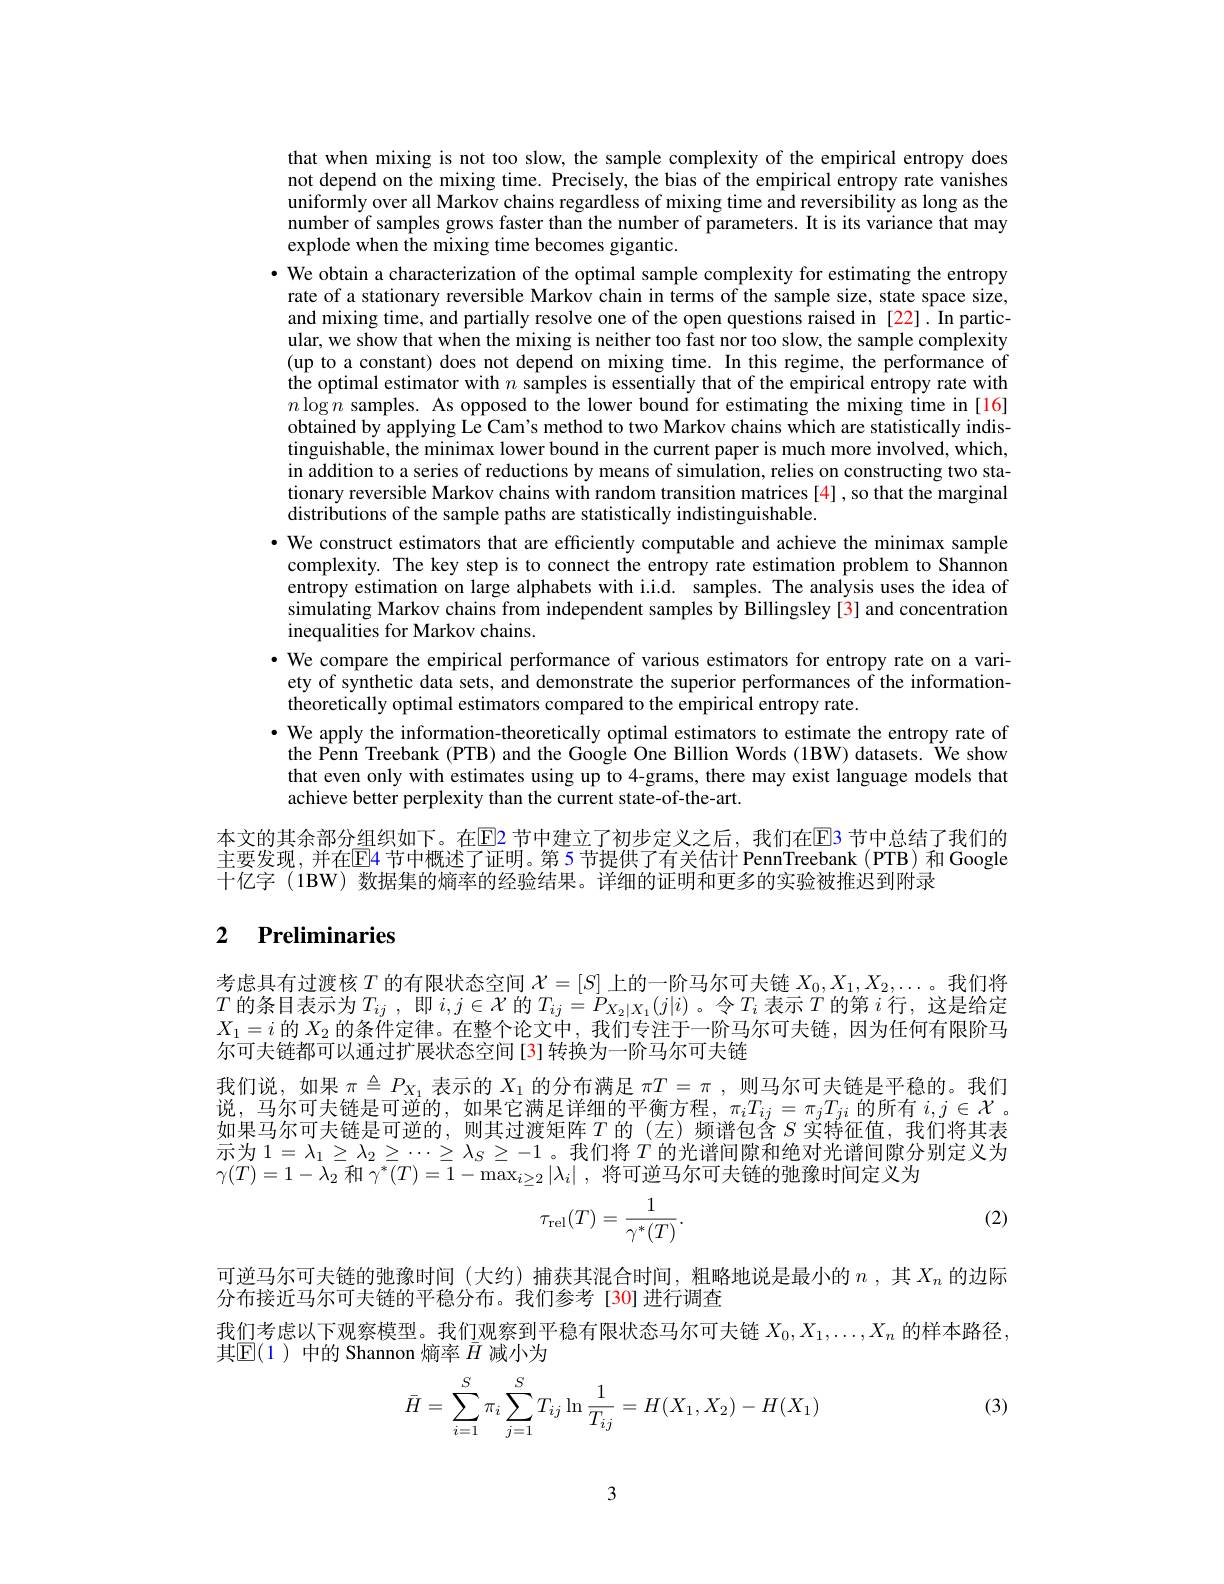
that when mixing is not too slow, the sample complexity of the empirical entropy does not depend on the mixing time. Precisely, the bias of the empirical entropy rate vanishes uniformly over all Markov chains regardless of mixing time and reversibility as long as the number of samples grows faster than the number of parameters. It is its variance that may explode when the mixing time becomes gigantic.
· We obtain a characterization of the optimal sample complexity for estimating the entropy rate of a stationary reversible Markov chain in terms of the sample size, state space size, and mixing time, and partially resolve one of the open questions raised in [22]. In particular, we show that when the mixing is neither too fast nor too slow, the sample complexity (up to a constant) does not depend on mixing time. In this regime, the performance of the optimal estimator with $n$ samples is essentially that of the empirical entropy rate with $n\log n$ samples. As opposed to the lower bound for estimating the mixing time in[16] obtained by applying Le Cam's method to two Markov chains which are statistically indistinguishable, the minimax lower bound in the current paper is much more involved, which, in addition to a series of reductions by means of simulation, relies on constructing two stationary reversible Markov chains with random transition matrices[4], so that the marginal distributions of the sample paths are statistically indistinguishable.
· We construct estimators that are efficiently computable and achieve the minimax sample complexity. The key step is to connect the entropy rate estimation problem to Shannon entropy estimation on large alphabets with i.i.d. samples. The analysis uses the idea of simulating Markov chains from independent samples by Billingsley[3] and concentration inequalities for Markov chains.
· We compare the empirical performance of various estimators for entropy rate on a vari-
ety of synthetic data sets, and demonstrate the superior performances of the information-
theoretically optimal estimators compared to the empirical entropy rate.
$\bullet$ We apply the information-theoretically optimal estimators to estimate the entropy rate of
the Penn Treebank (PTB) and the Google One Billion Words (1BW) datasets. We show that even only with estimates using up to 4-grams, there may exist language models that achieve better perplexity than the current state-of-the-art.
本文的其余部分组织如下。在$\color{red}{\mathrm{E}}$2 节中建立了初步定义之后，我们在$\color{red}{\mathrm{E}}\color{red}{\mathrm{B}}$3 节中总结了我们的主要发现，并在$\overline{\mathrm{E}}$4 节中概述了证明。第 5 节提供了有关估计 PennTreebank(PTB)和 Google 十亿字 (1BW) 数据集的熵率的经验结果。详细的证明和更多的实验被推迟到附录

## 2 $\textbf{Preliminaries}$

考虑具有过渡核$T$的有限状态空间$\mathcal{X}=[S]$上的一阶马尔可夫链$X_0,X_1,X_2,\ldots$。我们将$T$ 的条目表示为$T_ij$ ,即 $i,j\in\mathcal{X}$ 的$T_ij=P_{X_2|X_1}(j|i)$。令$T_i$ 表示$T$ 的第 $i$ 行，这是给定$X_1=i$的$X_2$的条件定律。在整个论文中，我们专注于一阶马尔可夫链，因为任何有限阶马尔可夫链都可以通过扩展状态空间[3]转换为一阶马尔可夫链

我们说，如果$\pi\triangleq P_{X_1}$表示的$X_1$的分布满足$\pi T=\pi$ ,则马尔可夫链是平稳的。我们说，马尔可夫链是可逆的，如果它满足详细的平衡方程，$\pi_iT_{ij}=\pi_jT_{ji}$的所有 $i,j\in\mathcal{X}$ 。如果马尔可夫链是可逆的，则其过渡矩阵$T$的(左)频谱包含$S$实特征值，我们将其表示为 $1=\lambda_1\geq\lambda_2\geq\cdots\geq\lambda_S\geq-1$。我们将$T$ 的光谱间隙和绝对光谱间隙分别定义为$\gamma(T)=1-\lambda_{2}$和$\gamma^*(T)=1-\max_{i\geq2}|\lambda_i|$ ,将可逆马尔可夫链的弛豫时间定义为

(2)
$$\tau_{\mathrm{rel}}(T)=\frac{1}{\gamma^{*}(T)}.$$
可逆马尔可夫链的弛豫时间 (大约)捕获其混合时间，粗略地说是最小的$n$ , 其$X_n$的边际
分布接近马尔可夫链的平稳分布。我们参考[30]进行调查
我们考虑以下观察模型。我们观察到平稳有限状态马尔可夫链$X_0,X_1,\ldots,X_n$的样本路径
其$\mathbb{E}(1)$中的 Shannon 熵率$\bar{H}$减小为
$$\bar{H}=\sum\limits_{i=1}^S\pi_i\sum\limits_{j=1}^ST_{ij}\ln\frac{1}{T_{ij}}=H(X_1,X_2)-H(X_1)$$
(3)

3